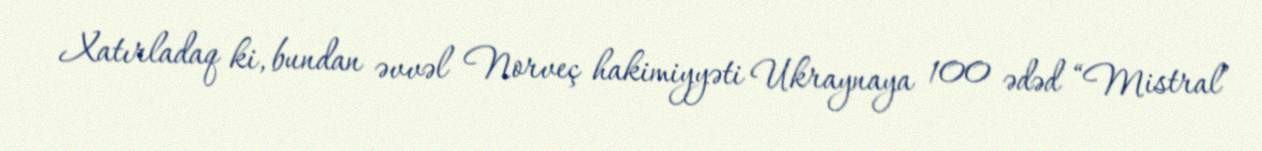
Xatırladaq ki, bundan əvvəl Norveç hakimiyyəti Ukraynaya 100 ədəd “Mistral”